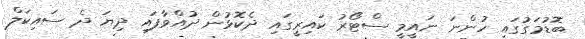
ބޮޑުމަގުގައި ހުންނަ ނައީމީ ސްޓޯރު ކައިރީގައި ދެކޮޅުން ދުއްވާފައި ދިޔަ ދެ ސައިކަލް